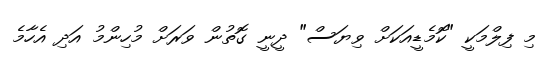
މި ފިލްމަކީ "ކޮމެޑީއަކަށް ވިޔަސް" ދީނީ ގޮތުން ވަރަށް މުހިންމު އަދި އެހާމެ